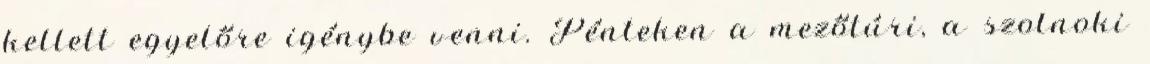
kellett egyelőre igénybe venni. Pénteken a mezőtúri, a szolnoki